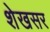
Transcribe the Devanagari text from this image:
शेखसर